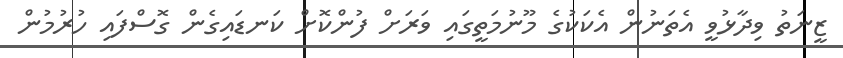
ޒީނަތު ވިދާޅުވީ އެތަނުން އެކަކުގެ މޫނުމަތީގައި ވަރަށް ފުންކޮށް ކަނޑައިގެން ގޮސްފައި ހުރުމުން